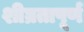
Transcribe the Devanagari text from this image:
शीघ्रतापूर्ण